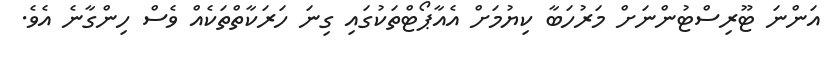
އަންނަ ޓޫރިސްޓުންނަށް މަރުހަބާ ކިޔުމަށް އެއާޕޯޓްތަކުގައި ގިނަ ހަރަކާތްތަކެއް ވެސް ހިންގާނެ އެވެ.